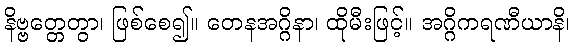
နိဗ္ဗတ္တေတွာ၊ ဖြစ်စေ၍။ တေနအဂ္ဂိနာ၊ ထိုမီးဖြင့်။ အဂ္ဂိကရဏီယာနိ၊